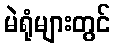
မဲရုံများတွင်